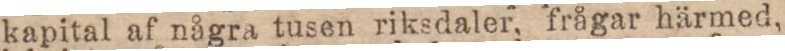
kapital af några tusen riksdaler, frågar härmed,